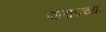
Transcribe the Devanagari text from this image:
पोलार्डच्या